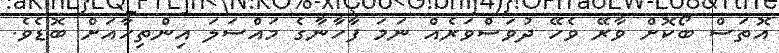
އޮތަސް ބޯކޮށް ވާރޭ ވެހޭ ދުވަސްވަރެއް ނަމަ ފާހާނާގެ މައްސަލަ އިންތިހާއަށް ބޮޑެވެ.